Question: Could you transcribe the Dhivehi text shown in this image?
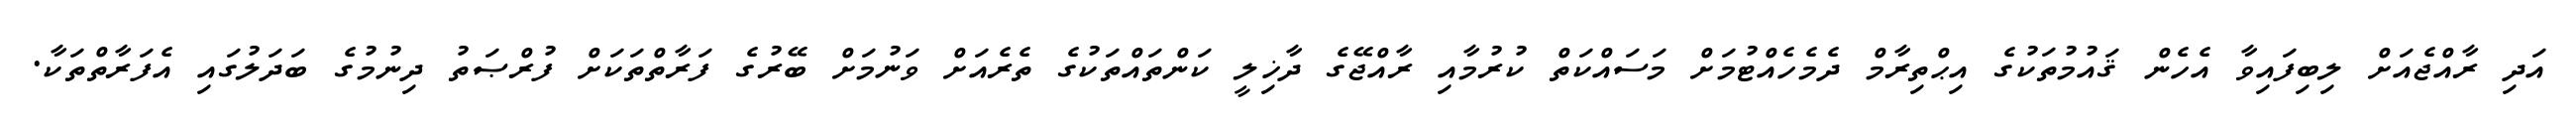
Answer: އަދި ރާއްޖެއަށް ލިބިފައިވާ އެހެން ޤައުމުތަކުގެ އިޙްތިރާމް ދެމެހެއްޓުމަށް މަސައްކަތް ކުރުމާއި ރާއްޖޭގެ ދާޚިލީ ކަންތައްތަކުގެ ތެރެއަށް ވަނުމަށް ބޭރުގެ ފަރާތްތަކަށް ފުރްޞަތު ދިނުމުގެ ބަދަލުގައި އެފަރާތްތަކާ.